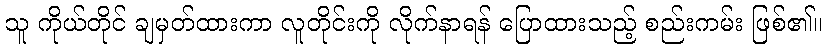
သူ ကိုယ်တိုင် ချမှတ်ထားကာ လူတိုင်းကို လိုက်နာရန် ပြောထားသည့် စည်းကမ်း ဖြစ်၏။